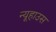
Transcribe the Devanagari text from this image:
न्यूहाउस